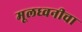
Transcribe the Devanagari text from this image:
मूलध्वनीचा